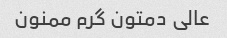
عالی دمتون گرم ممنون